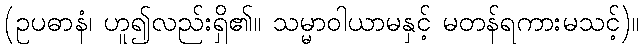
(ဥပဓာနံ၊ ဟူ၍လည်းရှိ၏။ သမ္မာဝါယာမနှင့် မတန်ရကားမသင့်)။